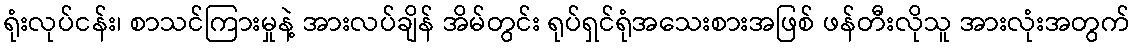
ရုံးလုပ်ငန်း၊ စာသင်ကြားမှုနဲ့ အားလပ်ချိန် အိမ်တွင်း ရုပ်ရှင်ရုံအသေးစားအဖြစ် ဖန်တီးလိုသူ အားလုံးအတွက်